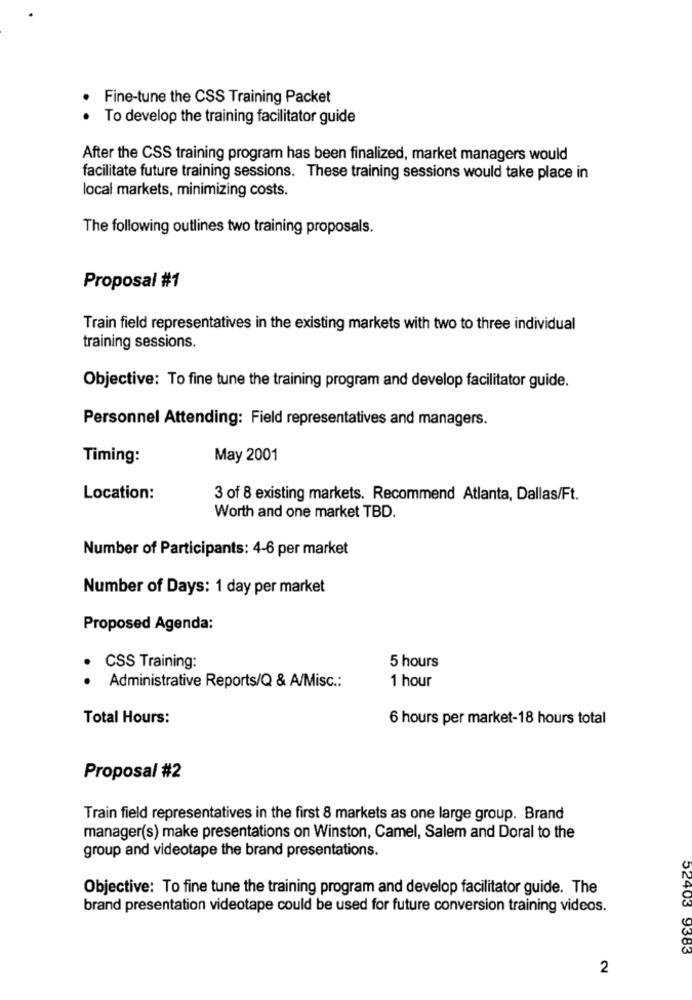
Fine-tune the CSS Training Packet
To develop the training facilitator guide
After the CSS training program has been finalized, market managers would
facilitate future training sessions. These training sessions would take place in
local markets, minimizing costs.
The following outlines two training proposals.
Proposal #1
Train field representatives in the existing markets with two to three individual
training sessions.
Objective: To fine tune the training program and develop facilitator guide.
Personnel Attending: Field representatives and managers.
Timing:
May 2001
Location:
3 of 8 existing markets. Recommend Atlanta, Dallas/Ft.
Worth and one market TBD.
Number of Participants: 4-6 per market
Number of Days: 1 day per market
Proposed Agenda:
CSS Training:
5 hours
1 hour
Administrative Reports/Q & A/Misc .:
Total Hours:
6 hours per market-18 hours total
Proposal #2
Train field representatives in the first 8 markets as one large group. Brand
manager(s) make presentations on Winston, Camel, Salem and Doral to the
group and videotape the brand presentations.
Objective: To fine tune the training program and develop facilitator guide. The
brand presentation videotape could be used for future conversion training videos.
52403 9383
2